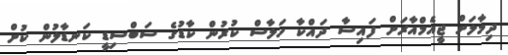
ދިމާލަށް ޖީއެމްއާރަށް ފައިސާ ދައްކާ ހަލާސް ކުރުން ކާޑުގެ ސަބްސިޑީ ކަނޑާލުން ކުށް